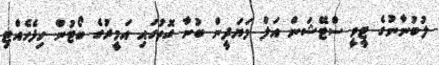
ލުބުނާނުގެ ޓީވީ ސްޓޭޝަން އަލް މަޔަދީން ބުނާ ގޮތުގައި އަމީރުގެ ބޯޓުން ހިފެހެއްޓި